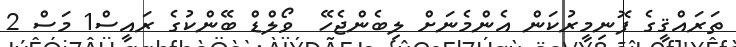
ތަރައްޤީގެ ފޮނިމީރުކަން އެންމެނަށް ލިބެންޖެހޭ  ވޯލްޑް ބޭންކުގެ ރައީސް1 މަސް 2